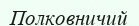
Полковничий